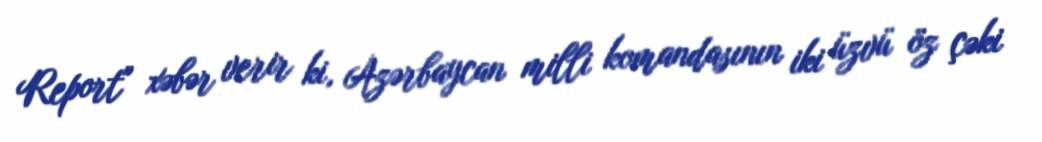
Report" xəbər verir ki, Azərbaycan milli komandasının iki üzvü öz çəki